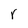
Character: r